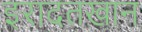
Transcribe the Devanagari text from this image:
इरादतखान